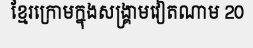
ខ្មែរក្រោមក្នុងសង្គ្រាមវៀតណាម 20